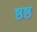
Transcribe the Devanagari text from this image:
ष्ठष्ठ